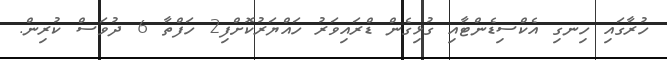
ހުރާގައި ހިނގި އެކްސިޑެންޓާއި ގުޅިގެން ޑްރައިވަރު ހައްޔަރުކޮށްފި2 ހަފްތާ 6 ދުވަސް ކުރިން.